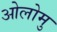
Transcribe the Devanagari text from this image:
ओलोमु